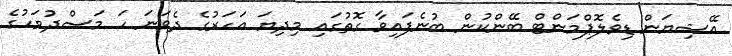
އޭޝިޔަން ޑިވެލޮޕްމަންޓް ބޭންކުން ބުނެފައިވާ ގޮތުގައި މިދިޔަ އަހަރުގެ ދެވަނަ ހަ މަސްދުވަހުގެ